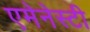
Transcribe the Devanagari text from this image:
एमेनेस्टी